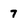
Character: 7